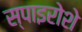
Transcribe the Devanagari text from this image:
स्पाइरोशे